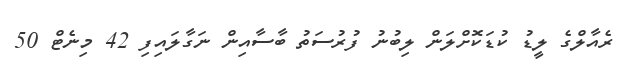
ރެއާލްގެ ލީޑު ކުޑަކޮށްލަން ލިބުނު ފުރުސަތު ބާސާއިން ނަގާލައިފި 42 މިނެޓް 50